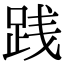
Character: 践